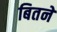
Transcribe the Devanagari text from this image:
बितने